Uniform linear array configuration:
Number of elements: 16
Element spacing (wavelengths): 0.5
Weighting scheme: kaiser
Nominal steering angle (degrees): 45
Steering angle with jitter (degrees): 43.964
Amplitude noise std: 0.05
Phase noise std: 0.05

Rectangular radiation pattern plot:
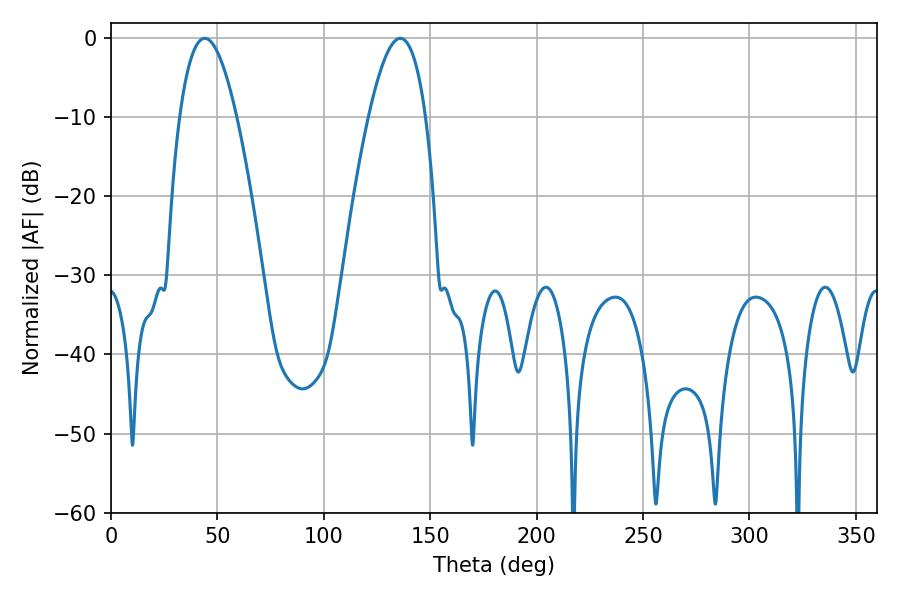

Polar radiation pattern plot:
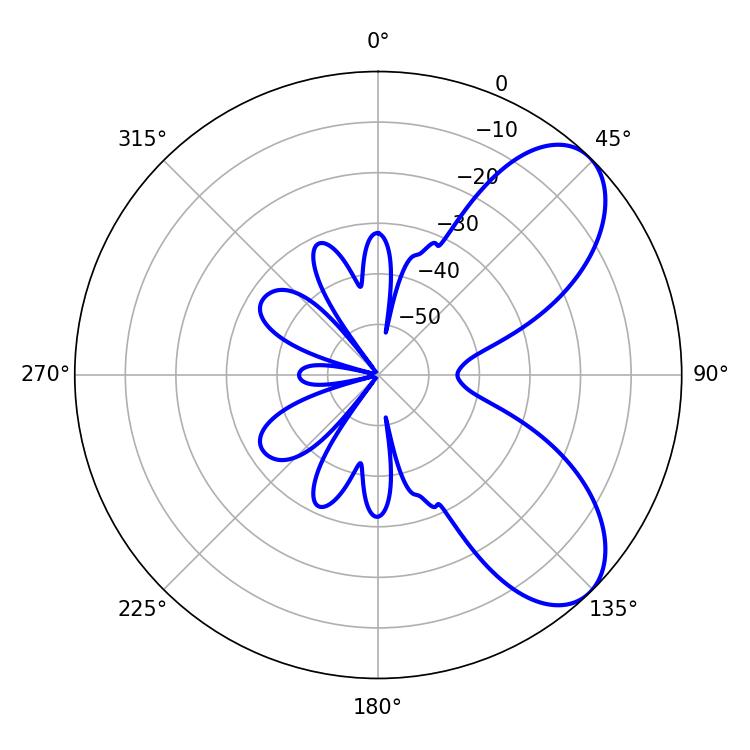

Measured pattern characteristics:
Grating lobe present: FALSE
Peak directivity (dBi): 7.128
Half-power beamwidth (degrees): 14.58
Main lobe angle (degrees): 135.9